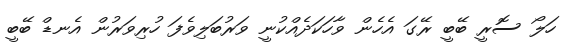
ހަލޯ ސޮރީ ބޭބީ ރޭގަ އެހެން ވާހަކަދެއްކުނީ ވަރުބަލިވެފަ ހުރިވަރުން އެނޑް ބޭބީ